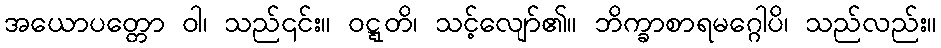
အယောပတ္တော ဝါ၊ သည်၎င်း။ ဝဋ္ဋတိ၊ သင့်လျော်၏။ ဘိက္ခာစာရမဂ္ဂေါပိ၊ သည်လည်း။